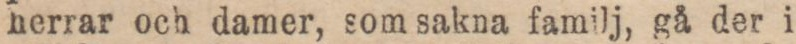
herrar och damer, som sakna familj, gå der i